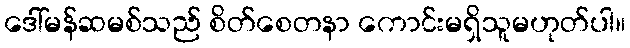
ဒေါ်မန်ဆမစ်သည် စိတ်စေတနာ ကောင်းမရှိသူမဟုတ်ပါ။